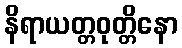
နိရာယတ္တဝုတ္တိနော